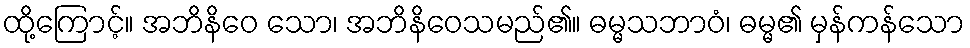
ထို့ကြောင့်။ အဘိနိဝေ သော၊ အဘိနိဝေသမည်၏။ ဓမ္မသဘာဝံ၊ ဓမ္မ၏ မှန်ကန်သော